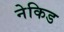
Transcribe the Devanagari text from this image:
नेकिड